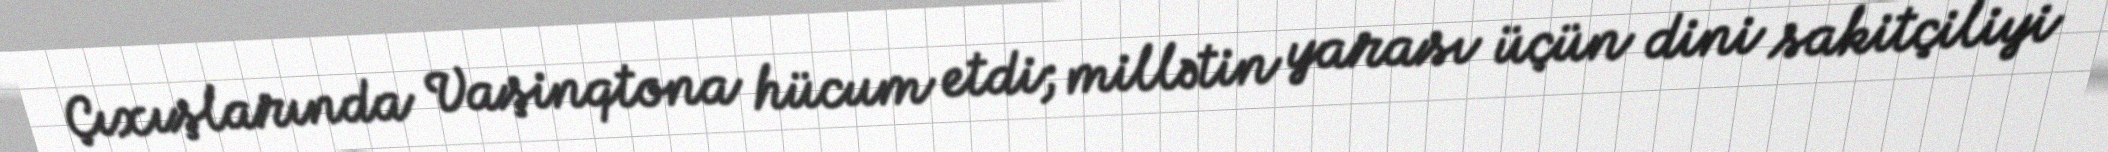
Çıxışlarında Vaşinqtona hücum etdi; millətin yarası üçün dini sakitçiliyi